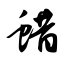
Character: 蜡